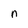
Character: n